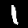
Digit: 1